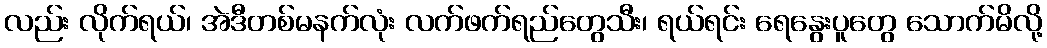
လည်း လိုက်ရယ်၊ အဲဒီတစ်မနက်လုံး လက်ဖက်ရည်တွေသီး၊ ရယ်ရင်း ရေနွေးပူတွေ သောက်မိလို့